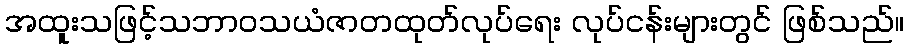
အထူးသဖြင့်သဘာဝသယံဇာတထုတ်လုပ်ရေး လုပ်ငန်းများတွင် ဖြစ်သည်။